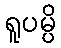
ရူပမ္ပိ